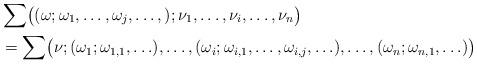
LaTeX: \begin{align*}&\sum \bigl((\omega;\omega_1,\ldots,\omega_j,\ldots,); \nu_1,\ldots,\nu_i,\ldots,\nu_n\bigr)\\&=\sum \bigl(\nu; (\omega_1;\omega_{1,1},\ldots),\ldots, (\omega_i;\omega_{i,1},\ldots,\omega_{i,j},\ldots),\ldots, (\omega_n;\omega_{n,1},\ldots)\bigr)\end{align*}